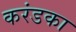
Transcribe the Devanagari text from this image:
करंडका